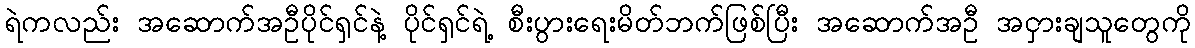
ရဲကလည်း အဆောက်အဦပိုင်ရှင်နဲ့ ပိုင်ရှင်ရဲ့ စီးပွားရေးမိတ်ဘက်ဖြစ်ပြီး အဆောက်အဦ အငှားချသူတွေကို